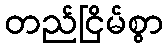
တည်ငြိမ်စွာ